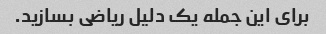
برای این جمله یک دلیل ریاضی بسازید.